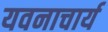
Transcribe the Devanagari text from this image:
यवनाचार्य